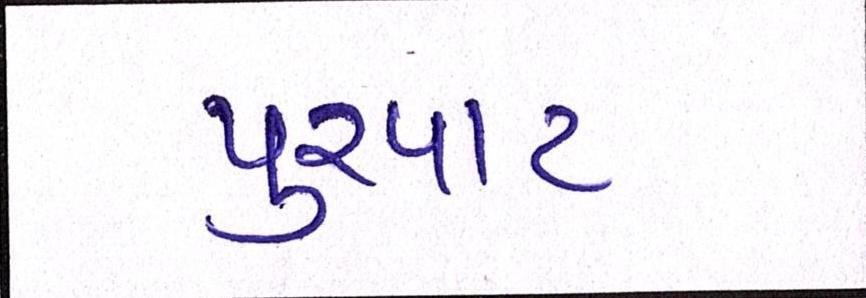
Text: પુરપાટ